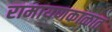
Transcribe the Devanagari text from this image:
रामायणकाळात